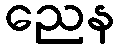
ညေန